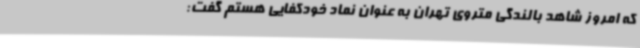
که امروز شاهد بالندگی متروی تهران به عنوان نماد خودکفایی هستم گفت: